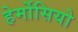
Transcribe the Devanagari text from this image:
हेर्मोसियो